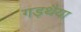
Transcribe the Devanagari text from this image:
गड़थैया